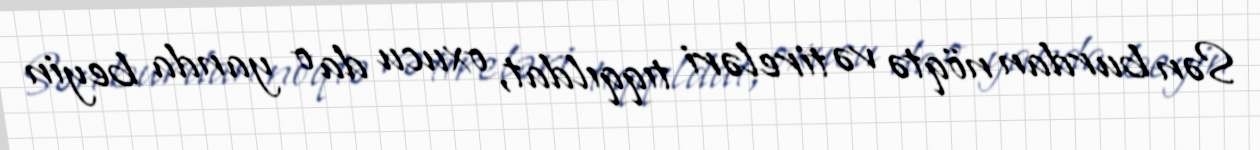
Sən burdan nöqtə və tireləri tıqqıldat, oxucu da o yanda beyin